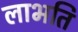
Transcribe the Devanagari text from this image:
लाभति